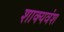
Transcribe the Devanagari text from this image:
शाक्यवंश